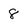
Character: 8